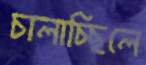
চালাচ্ছিলে